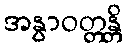
အနွာဝတ္တန္တိ